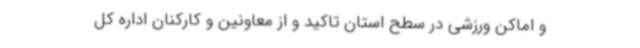
و اماکن‌ ورزشی در سطح استان تاکید و از معاونین و کارکنان اداره کل